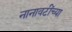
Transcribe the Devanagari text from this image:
नानावटींच्या